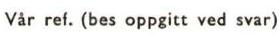
Var ref. (bes oppgitt ved svar)